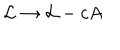
LaTeX: { \cal { L } } \to { \cal { L } } - c A